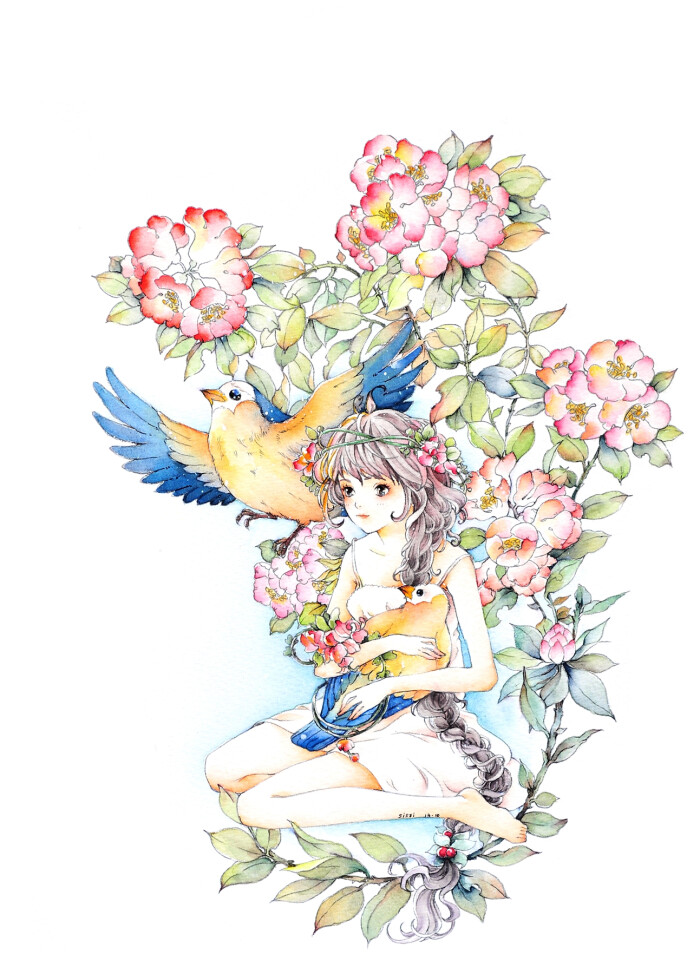
重重蕊叶相怜，似青帔艳妆神仙侣。